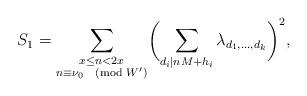
LaTeX: \begin{align*}S_1=\sum_{\substack{x\leq n<2x\\n\equiv \nu_0\pmod{W^\prime}}}\biggl(\sum_{d_i\mid nM+h_i}\lambda_{d_1,\ldots,d_k}\biggr)^2,\end{align*}